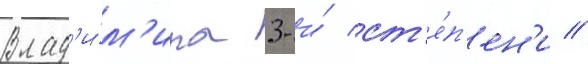
Влад'и́м'ира 3-и́ ст'е́п'ен'и //